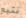
نتبع